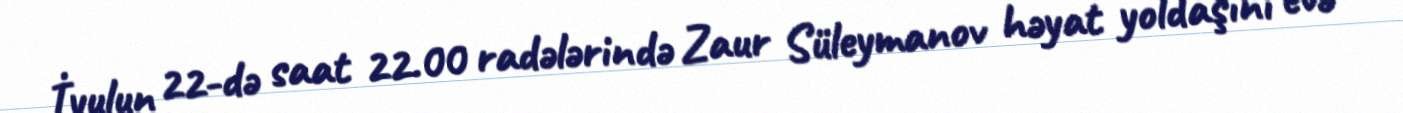
İyulun 22-də saat 22.00 radələrində Zaur Süleymanov həyat yoldaşını evə